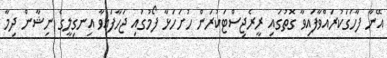
އޭނާ ފާހަގަކުރައްވާފައިވާ ގޮތުގައި ރީރެޖިސްޓަކުރަން ހުށަހަޅާ ފޯމުގައި ޖަހާފައިވާ އިނގިލީގެ ނިޝާން ދިމާ